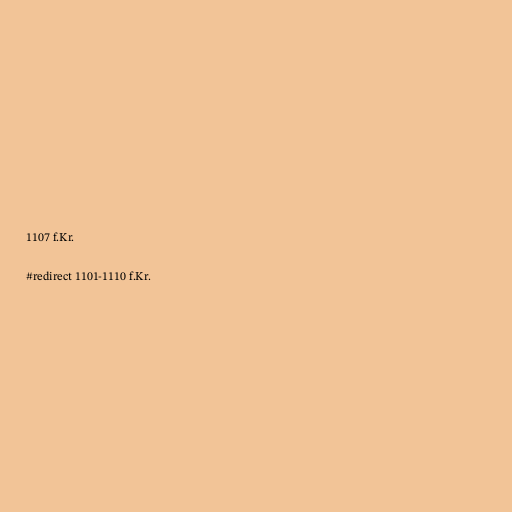
1107 f.Kr.

#redirect 1101-1110 f.Kr.